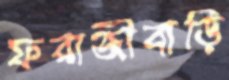
ফরাজীবাড়ি